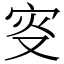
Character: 叜